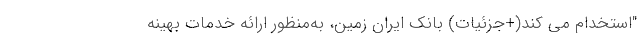
"استخدام می کند(+جزئیات) بانک ایران ‌زمین، به‌منظور ارائه خدمات بهینه